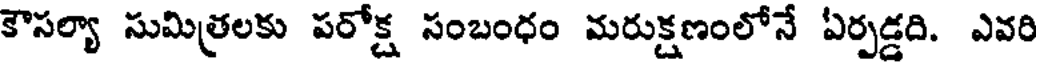
కౌసల్యా సుమిత్రలకు పరోక్ష సంబంధం మరుక్షణంలోనే ఏర్పడ్డది. ఎవరి